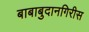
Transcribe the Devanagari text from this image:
बाबाबुदानगिरीस